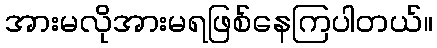
အားမလိုအားမရဖြစ်နေကြပါတယ်။